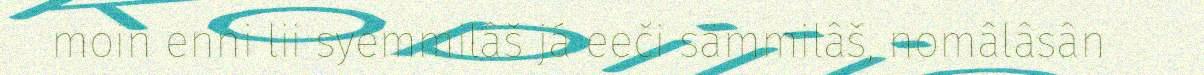
moin enni lii syemmilâš já eeči sämmilâš, nomâlâsân